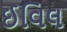
ઈવિલ